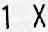
1 X